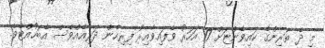
މި ދެ ތަރިންގެ ކައިވެންޏަށް 17 އަހަރު ވެފައިވާއިރު ފިރިހެން ދަރިއެއްވެސް އެބަހުއްޓެވެ.